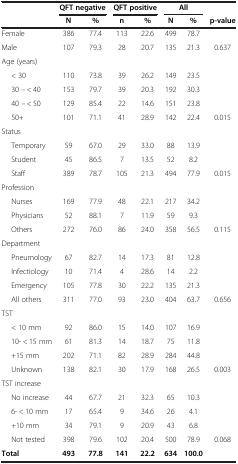
<table><thead><tr><td><b> </b></td><td colspan="2"><b>QFT negative</b></td><td colspan="2"><b>QFT positive</b></td><td colspan="2"><b>All</b></td><td><b> </b></td></tr><tr><td><b> </b></td><td><b>N</b></td><td><b>%</b></td><td><b>n</b></td><td><b>%</b></td><td><b>N</b></td><td><b>%</b></td><td><b>p-value</b></td></tr></thead><tbody><tr><td>Female</td><td>386</td><td>77.4</td><td>113</td><td>22.6</td><td>499</td><td>78.7</td><td> </td></tr><tr><td>Male</td><td>107</td><td>79.3</td><td>28</td><td>20.7</td><td>135</td><td>21.3</td><td>0.637</td></tr><tr><td>Age (years)</td><td> </td><td> </td><td> </td><td> </td><td> </td><td> </td><td> </td></tr><tr><td>&lt; 30</td><td>110</td><td>73.8</td><td>39</td><td>26.2</td><td>149</td><td>23.5</td><td> </td></tr><tr><td>30 – &lt; 40</td><td>153</td><td>79.7</td><td>39</td><td>20.3</td><td>192</td><td>30.3</td><td> </td></tr><tr><td>40 – &lt; 50</td><td>129</td><td>85.4</td><td>22</td><td>14.6</td><td>151</td><td>23.8</td><td> </td></tr><tr><td>50+</td><td>101</td><td>71.1</td><td>41</td><td>28.9</td><td>142</td><td>22.4</td><td>0.015</td></tr><tr><td>Status</td><td> </td><td> </td><td> </td><td> </td><td> </td><td> </td><td> </td></tr><tr><td>Temporary</td><td>59</td><td>67.0</td><td>29</td><td>33.0</td><td>88</td><td>13.9</td><td> </td></tr><tr><td>Student</td><td>45</td><td>86.5</td><td>7</td><td>13.5</td><td>52</td><td>8.2</td><td> </td></tr><tr><td>Staff</td><td>389</td><td>78.7</td><td>105</td><td>21.3</td><td>494</td><td>77.9</td><td>0.015</td></tr><tr><td>Profession</td><td> </td><td> </td><td> </td><td> </td><td> </td><td> </td><td> </td></tr><tr><td>Nurses</td><td>169</td><td>77.9</td><td>48</td><td>22.1</td><td>217</td><td>34.2</td><td> </td></tr><tr><td>Physicians</td><td>52</td><td>88.1</td><td>7</td><td>11.9</td><td>59</td><td>9.3</td><td> </td></tr><tr><td>Others</td><td>272</td><td>76.0</td><td>86</td><td>24.0</td><td>358</td><td>56.5</td><td>0.115</td></tr><tr><td>Department</td><td> </td><td> </td><td> </td><td> </td><td> </td><td> </td><td> </td></tr><tr><td>Pneumology</td><td>67</td><td>82.7</td><td>14</td><td>17.3</td><td>81</td><td>12.8</td><td> </td></tr><tr><td>Infectiology</td><td>10</td><td>71.4</td><td>4</td><td>28.6</td><td>14</td><td>2.2</td><td> </td></tr><tr><td>Emergency</td><td>105</td><td>77.8</td><td>30</td><td>22.2</td><td>135</td><td>21.3</td><td> </td></tr><tr><td>All others</td><td>311</td><td>77.0</td><td>93</td><td>23.0</td><td>404</td><td>63.7</td><td>0.656</td></tr><tr><td>TST</td><td> </td><td> </td><td> </td><td> </td><td> </td><td> </td><td> </td></tr><tr><td>&lt; 10 mm</td><td>92</td><td>86.0</td><td>15</td><td>14.0</td><td>107</td><td>16.9</td><td> </td></tr><tr><td>10- &lt; 15 mm</td><td>61</td><td>81.3</td><td>14</td><td>18.7</td><td>75</td><td>11.8</td><td> </td></tr><tr><td>+15 mm</td><td>202</td><td>71.1</td><td>82</td><td>28.9</td><td>284</td><td>44.8</td><td> </td></tr><tr><td>Unknown</td><td>138</td><td>82.1</td><td>30</td><td>17.9</td><td>168</td><td>26.5</td><td>0.003</td></tr><tr><td>TST increase</td><td> </td><td> </td><td> </td><td> </td><td> </td><td> </td><td> </td></tr><tr><td>No increase</td><td>44</td><td>67.7</td><td>21</td><td>32.3</td><td>65</td><td>10.3</td><td> </td></tr><tr><td>6- &lt; 10 mm</td><td>17</td><td>65.4</td><td>9</td><td>34.6</td><td>26</td><td>4.1</td><td> </td></tr><tr><td>+10 mm</td><td>34</td><td>79.1</td><td>9</td><td>20.9</td><td>43</td><td>6.8</td><td> </td></tr><tr><td>Not tested</td><td>398</td><td>79.6</td><td>102</td><td>20.4</td><td>500</td><td>78.9</td><td>0.068</td></tr><tr><td><b>Total</b></td><td><b>493</b></td><td><b>77.8</b></td><td><b>141</b></td><td><b>22.2</b></td><td><b>634</b></td><td><b>100.0</b></td><td> </td></tr></tbody></table>